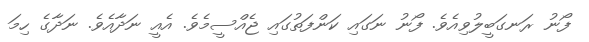
ފޯނު ރަނގަބީލުވިއެވެ. ފޯނު ނަގައި ކަންފަތުގައި ޖެއްސީމެވެ. އެއީ ނަދާއެވެ. ނަދާގެ ހިމަ